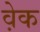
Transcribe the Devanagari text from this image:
व़ेक